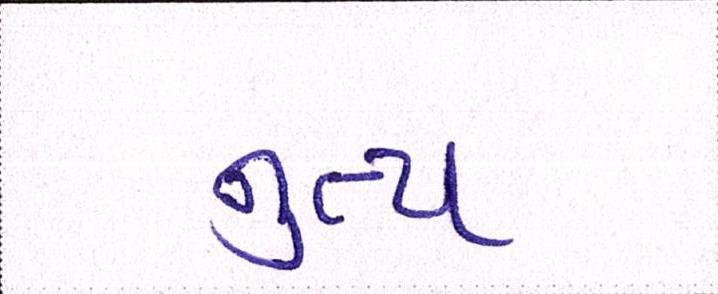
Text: નૃત્ય